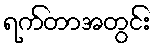
ရက်တာအတွင်း